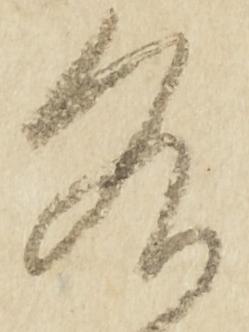
各